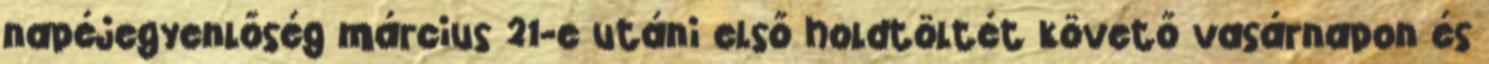
napéjegyenlőség március 21-e utáni első holdtöltét követő vasárnapon és